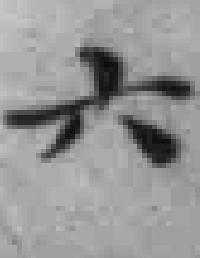
六